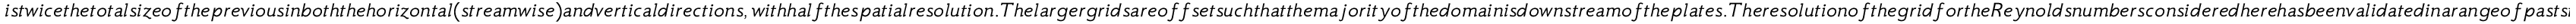
i s t w i c e t h e t o t a l s i z e o f t h e p r e v i o u s i n b o t h t h e h o r i z o n t a l ( s t r e a m w i s e ) a n d v e r t i c a l d i r e c t i o n s , w i t h h a l f t h e s p a t i a l r e s o l u t i o n . T h e l a r g e r g r i d s a r e o f f s e t s u c h t h a t t h e m a j o r i t y o f t h e d o m a i n i s d o w n s t r e a m o f t h e p l a t e s . T h e r e s o l u t i o n o f t h e g r i d f o r t h e R e y n o l d s n u m b e r s c o n s i d e r e d h e r e h a s b e e n v a l i d a t e d i n a r a n g e o f p a s t s t u d i e s . F o r t h e a n a l y s i s , w e w i l l u s e v e l o c i t y d a t a f r o m t h e